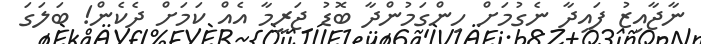
ނާޖާއިޒު ފައިދާ ނެގުމަށް ހިންގަމުންދާ ބޮޑު ޖަރީމާ އެއް ކަމަށް ދެކެން! ބަލަގަ